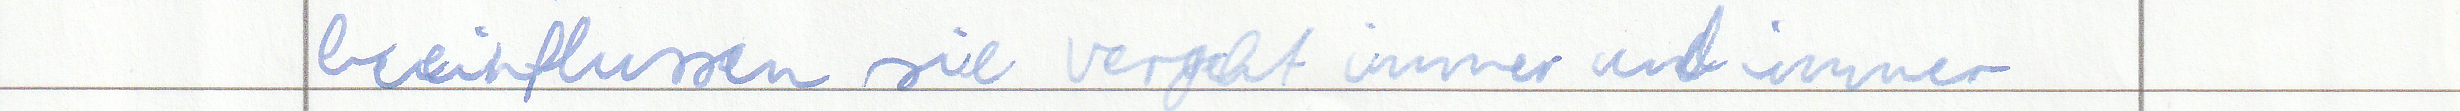
beeinflussen sie vergeht immer und immer